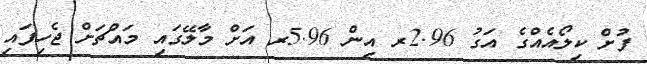
ފުށް ކިލޯއެއްގެ އަގު 2.96ރ އިން 5.96ރ އަށް މާލޭގައި މައްޗަށް ޖެހިފައި